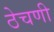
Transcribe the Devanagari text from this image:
ठेचणी